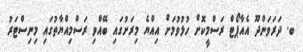
ބ. ދަރަވަންދޫ އެއާޕޯޓް ރަސްމީކޮށް ހުޅުވުމަށް އިއްޔެ މިރަށުގައި ބޭއްވި ރަސްމިއްޔާތުގައި މިނިސްޓަރު